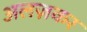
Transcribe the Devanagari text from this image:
अलज़कर